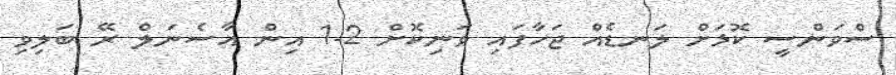
ސްވަންސީ ކޮޅަށް ލަނޑެއް ޖަހާފައި ވަނިކޮށް 2-1 އިން އާސެނަލް ރޭ ބަލިވި